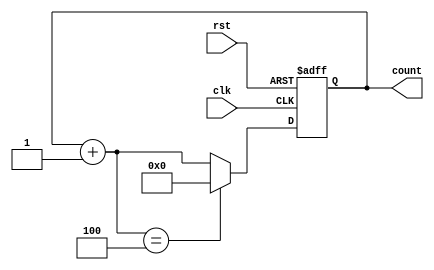
module ring_counter (
    input wire clk,
    input wire rst,
    output reg [N-1:0] count
);

parameter N = 4; // Number of flip-flops in the ring counter

reg [N-1:0] next_count;

// D flip-flops
always @(posedge clk or posedge rst) begin
    if (rst) begin
        count <= 0;
    end else begin
        count <= next_count;
    end
end

// Ring counter logic
always @* begin
    next_count = count + 1;
    if (next_count == N) begin
        next_count = 0;
    end
end

endmodule